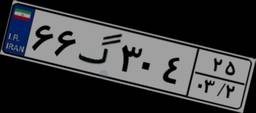
۶۶گ۳۰۴۲۵